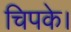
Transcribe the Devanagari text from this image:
चिपके।